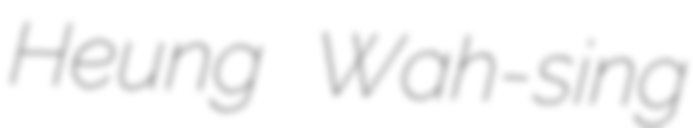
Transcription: Heung Wah-sing